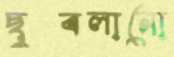
ছুবলানো